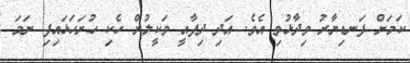
ކަމަށް ފަނޑިޔާރު ވިދާޅުވި އެވެ. އަދި ދިފާއީ ވަކީލުން ހެކި ހުށަހަޅައިފި ނަމަ